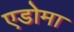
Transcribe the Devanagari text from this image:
एडोमा